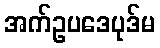
အက်ဥပဒေပုဒ်မ